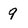
Character: 9